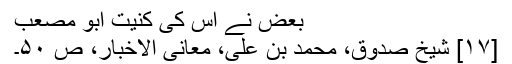
بعض نے اس کی کنیت ابو مصعب
[۱۷] شیخ صدوق، محمد بن علی، معانی الاخبار، ص ۵۰۔